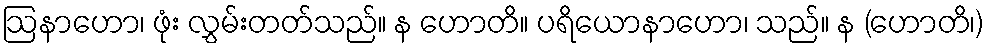
ဩနာဟော၊ ဖုံး လွှမ်းတတ်သည်။ န ဟောတိ။ ပရိယောနာဟော၊ သည်။ န (ဟောတိ၊)